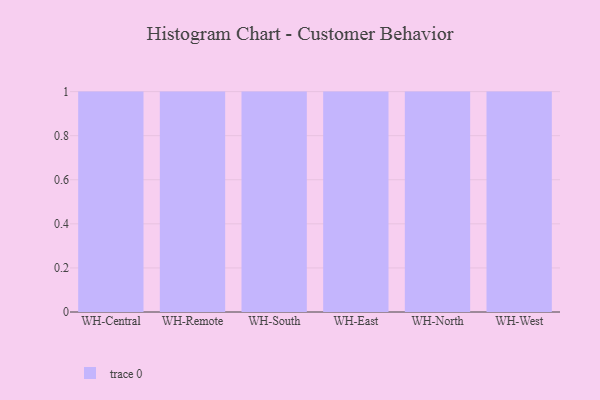
{"axis": {"x": "Warehouse", "y": "Website Visitors"}, "legend": [""], "data": [{"x": "WH-Central", "y": 21, "type": ""}, {"x": "WH-Remote", "y": 41, "type": ""}, {"x": "WH-South", "y": 86, "type": ""}, {"x": "WH-East", "y": 7, "type": ""}, {"x": "WH-North", "y": 75, "type": ""}, {"x": "WH-West", "y": 3, "type": ""}]}